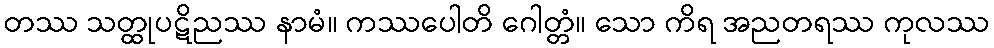
တဿ သတ္ထုပဋိညဿ နာမံ။ ကဿပေါတိ ဂေါတ္တံ။ သော ကိရ အညတရဿ ကုလဿ